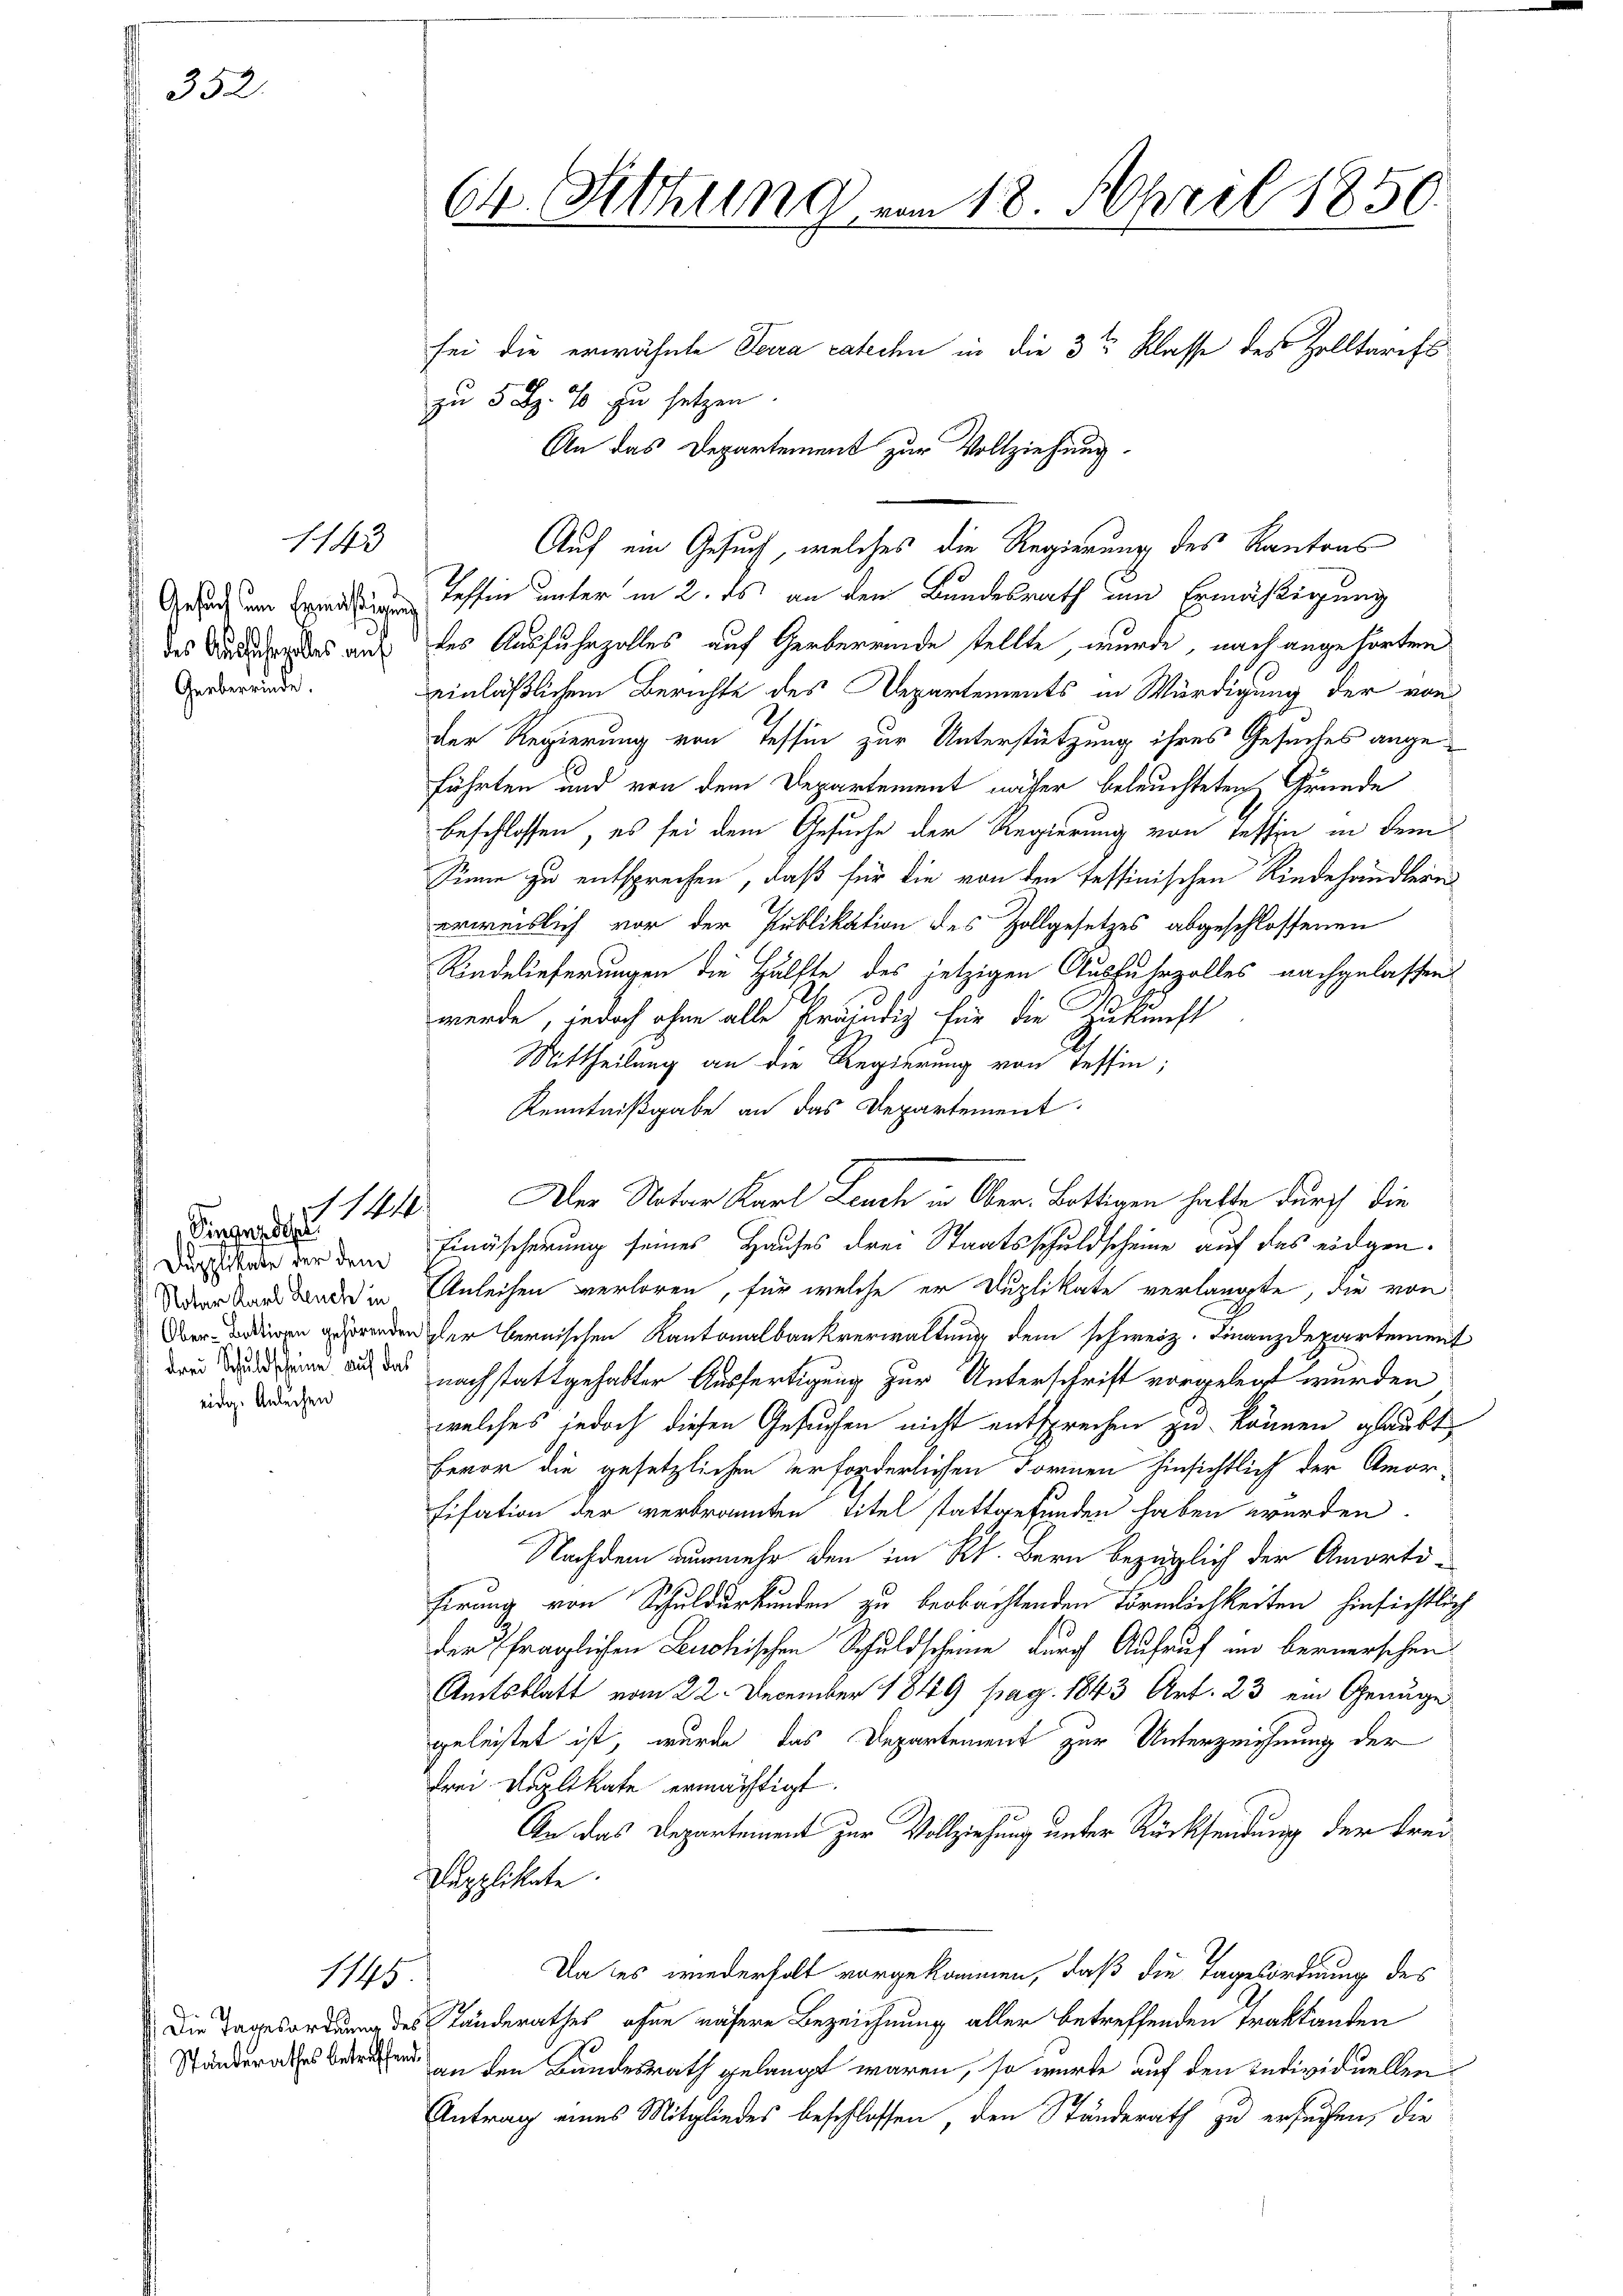
352.

1143

1410.

1145

Ständerathes betreffend.

Gesuch um Ermäßigung
Gerberrinde.

Singedehn
eidg. Anlechen

Ch. Sitzung vom 18. April 1850.

sei die erwähnte Sera ratechn in die 3te Klasse des Zolltarifs
zu 5 Rp. 40 zu setzen.
An das Departement zur Vollziehung.
Tessin unter in 2. es an den Bundesrath um Ermäßigung
des Wider das auf des Ausfuhrzolles auf Gerbereinde stellte, wurde, nach angehörten
einläßlichem Berichte des Departements in Würdigung der von
der Regierung von Tessin zur Unterstützung ihres Gesuches angeführten und von dem Departement näher beleuchteten Gründe
beschlossen, es sei dem Gesuche der Regierung von Tessin in dem
Sinne zu entsprechen, daß für die von den fessinischen Kindehändlern
erweislich vor der Publikation des Zollgesetzes abgeschlossenen
Kindelieferungen die Hälfte des jetzigen Ausfuhrzolles nachgelassen
l
werde, jedoch ohne alle Kraindig für die Zukunft
Mittheilung an die Regierung von Tessin;
Kenntnißgabe an das Departement
Durstade vor dem Einäscherung seines Hauses drei Staatsschuldscheine auf das eidgen.
Der Stand der in Anleihen verloren, für welche er Duplikate verlangte, die von
gennerun
Der Bedieren gerenden der bernischen Kantonalbankverwaltung dem schweiz. Finanzdepartement
  das nachstattgehabter Ausfertigung zur Unterschrift vorgelegt wurden
welches jedoch diesen Gesuchen nicht entsprechen zu können glaubt,
Fevor die gesetzlichen erforderlichen Formen hinsichtlich der Amor
Fisation der verbrannten Titel stattgefunden haben werden.
Nachdem nunmehr den im Kt. Bern bezüglich der Amortifirung von Schuldurkunden zu beobachtenden Förmlichkeiten hinsichtlich
der fraglichen Luchischen Schuldscheine durch Aufruf in bernerschen
Amtsblatt vom 22. December 1849 pag. 1843 Art. 23 ein Genüge
geleistet ist, wurde das Departement zur Unterzeichnung der
frei Kaplikate ermächtigt.
An das Departement zur Vollziehung unter Rücksendung der Frei¬
Dupplikate.
Da des wiederholt vorgekommen, daß die Tagesordnung des
Die Tagesordnung des Landerathes ohne nähere Bezeichnung aller betreffenden Traktanten
an den Bundesrath gelangt waren, so würde auf den Individuellen¬
Antrag eines Mitgliedes beschlossen, den Ständerath zu ersuchen, die

Auf ein Gesuch, welches die Regierung des Kantons

Der Notar Karl Leuch in Ober-Lottigen hatte durch die